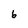
Character: 6